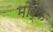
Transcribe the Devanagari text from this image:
मोर्फ